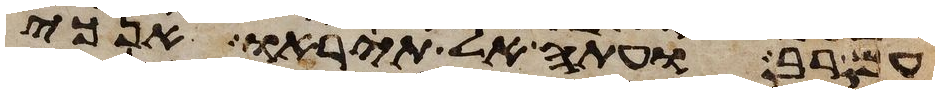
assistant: עם רב ועתה אל תיראו אנכי